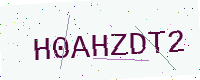
Text: H0AHZDT2